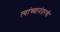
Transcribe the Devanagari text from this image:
त्यांच्यानंतरची